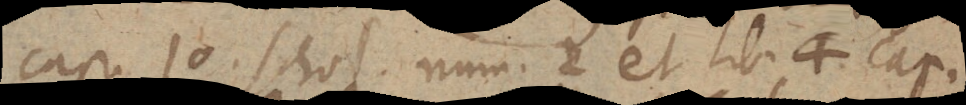
cap. 10. schol. num. 2 et lib 4. cap.